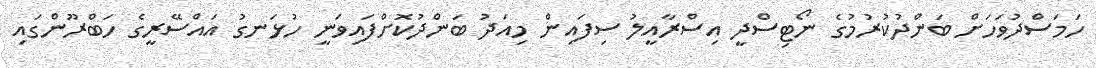
ހަމަސްދުވަހަށް ބަންދުކުރުމުގެ ނޯޓިސްދީ އިސްރާއީލު ސިފައިން މިއަދު ބަންދުކޮށްފައިވަނީ ހުޅަނގު އައްސޭރީގެ ހަބްރޫންގައި